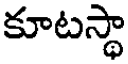
కూటస్థా